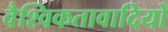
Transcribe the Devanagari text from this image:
वैश्विकतावादियों